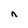
Character: n